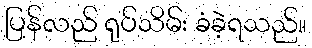
ပြန်လည် ရုပ်သိမ်း ခံခဲ့ရသည်။